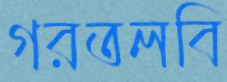
গরতলবি